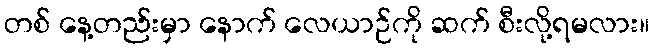
တစ် နေ့တည်းမှာ နောက် လေယာဉ်ကို ဆက် စီးလို့ရမလား။